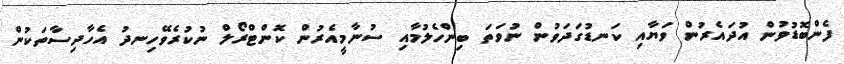
ފެންބޮޑުވުން އުދައެރުން ވަޔާއި ކަނޑުގަދަވުން ނުވަތަ ބިންހެލުމާއި ސުނާމީއެރުން ކޮންޓްރޯލް ނުކުރެވޭހިނދު އެހާދިސާތަކުން